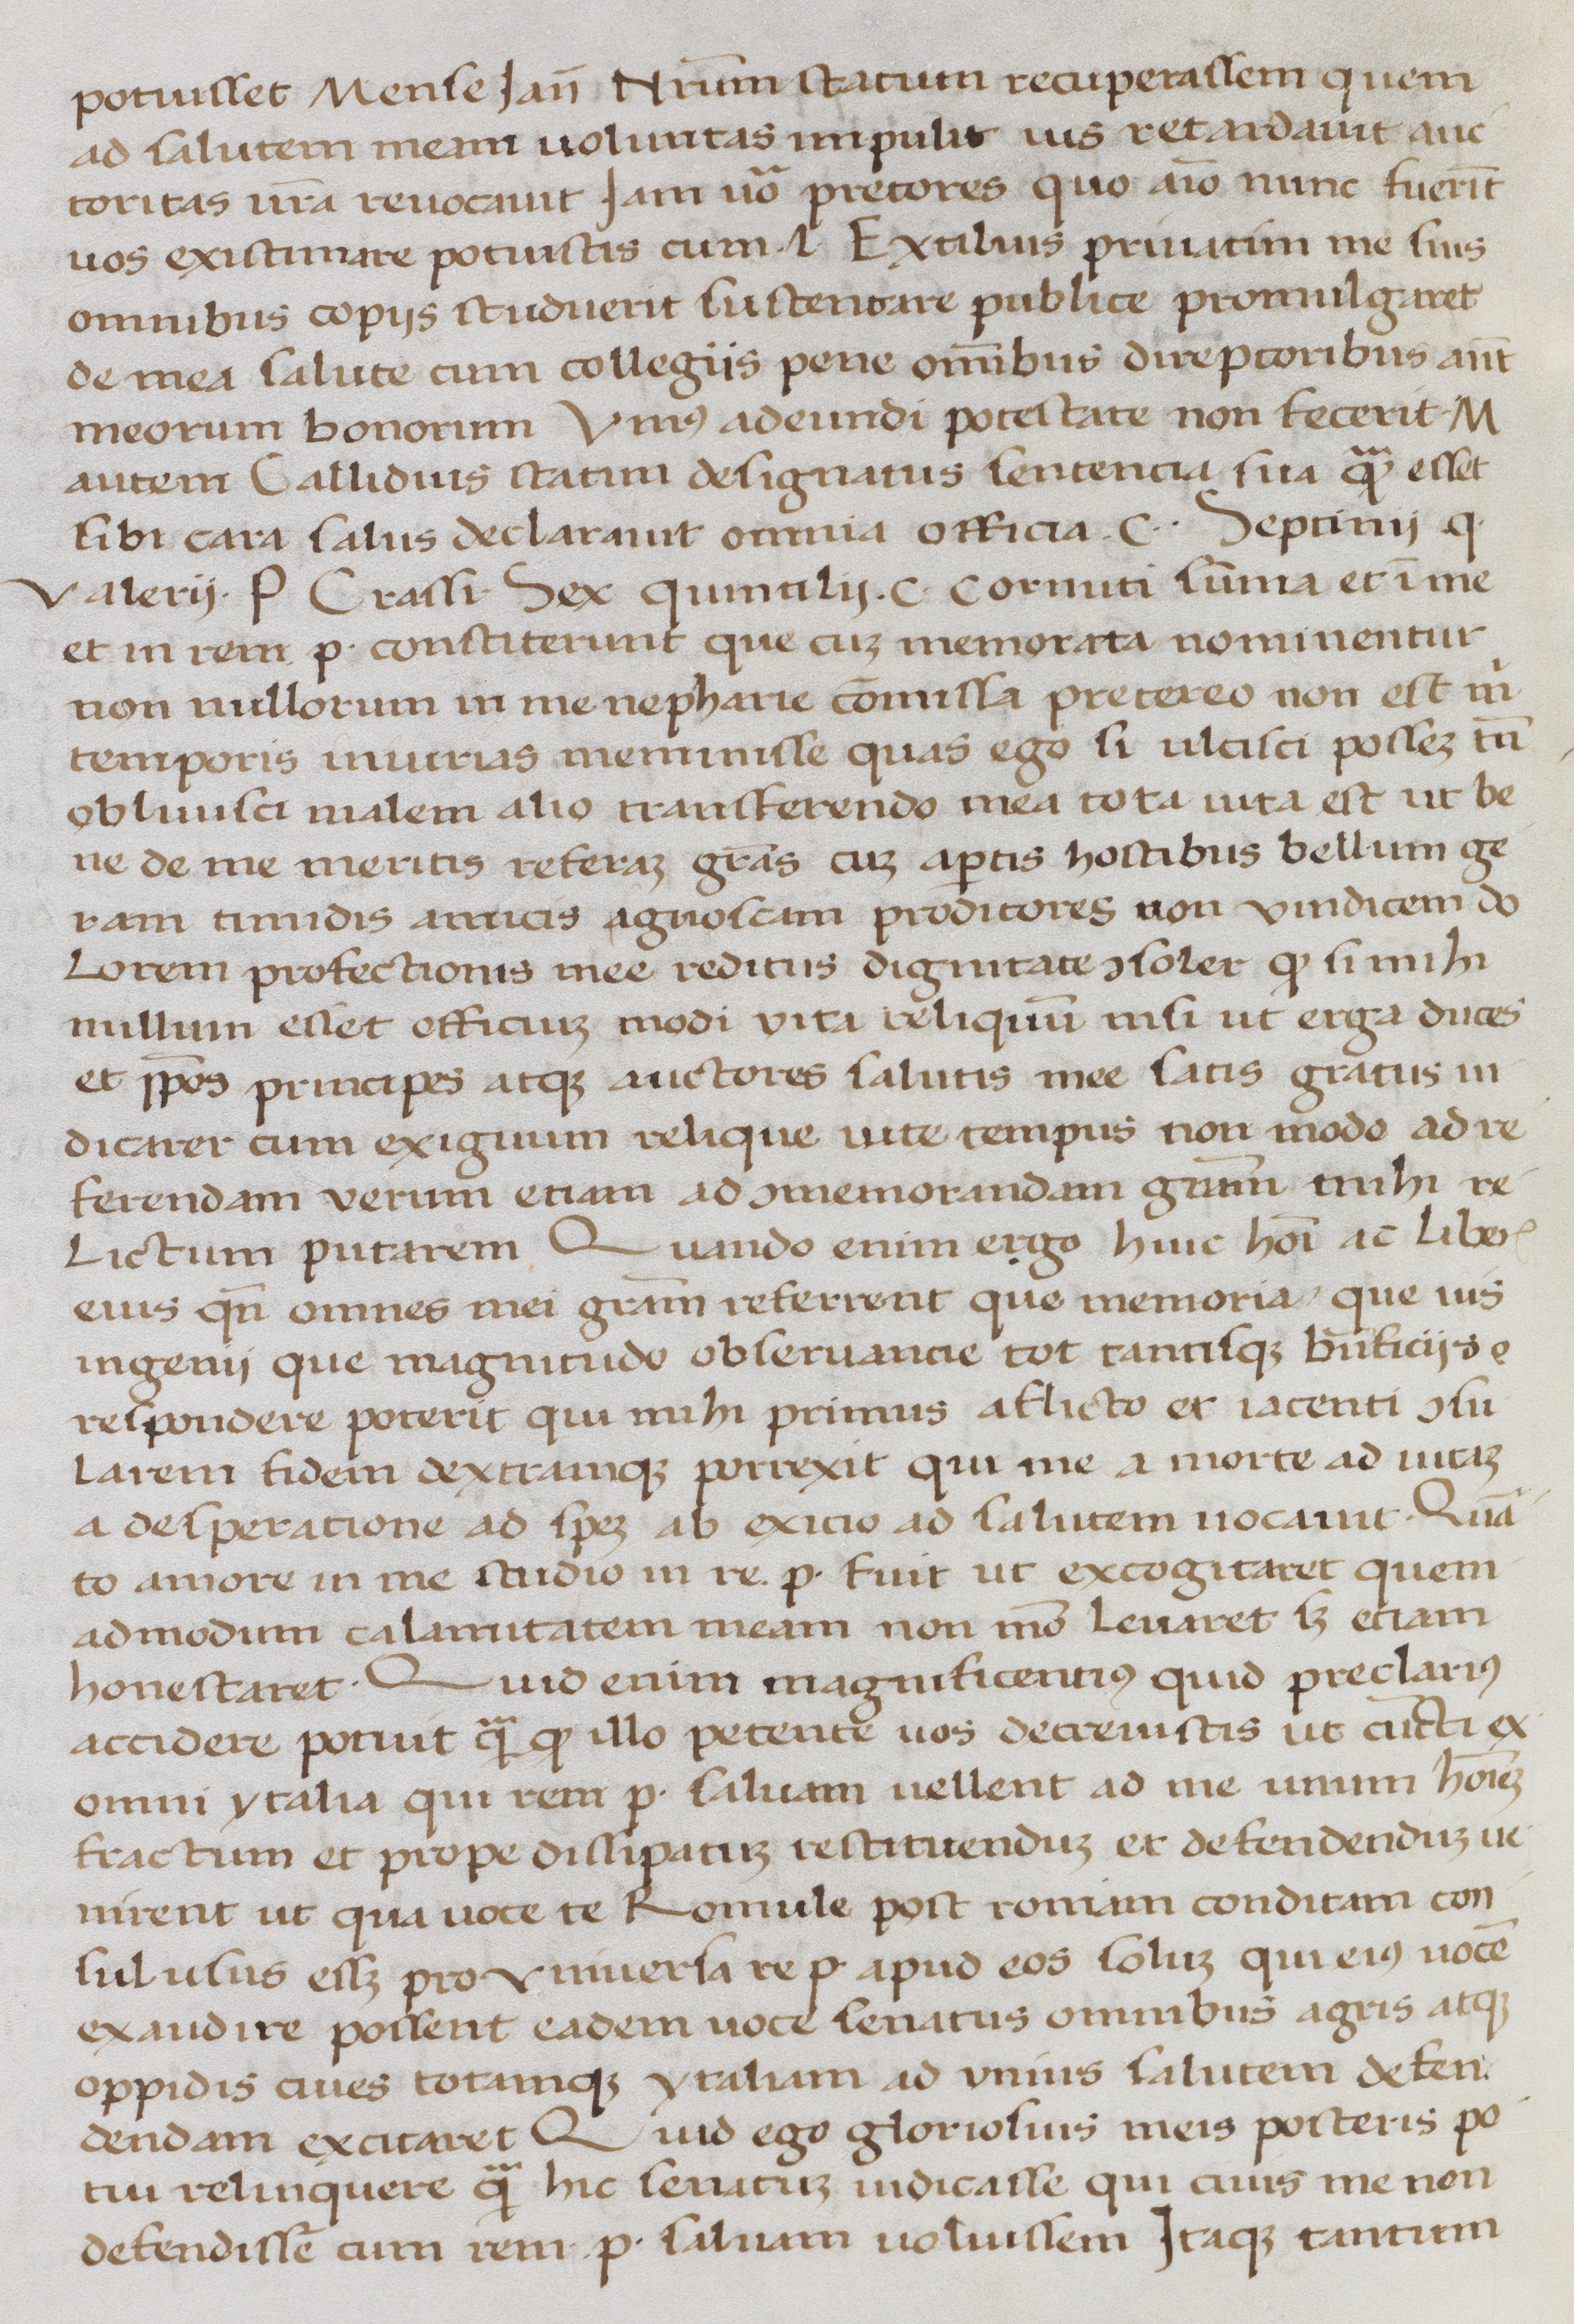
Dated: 1400–1499